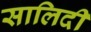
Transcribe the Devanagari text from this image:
सालिदी